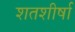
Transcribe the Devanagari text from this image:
शतशीर्षा